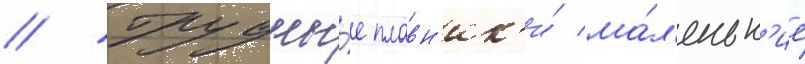
// Грудны́е плавн'ик'и́ ма́л'еньк'ие